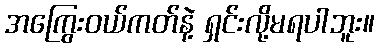
အကြွေးဝယ်ကတ်နဲ့ ရှင်းလို့မရပါဘူး။